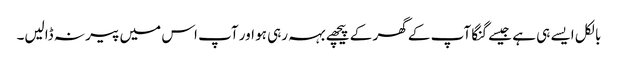
بالکل ایسے ہی ہے جیسے گنگا آپ کے گھر کے پیچھے بہہ رہی ہو اور آپ اس میں پیر نہ ڈالیں۔